Rakvere_kinnistusamet, lk 28
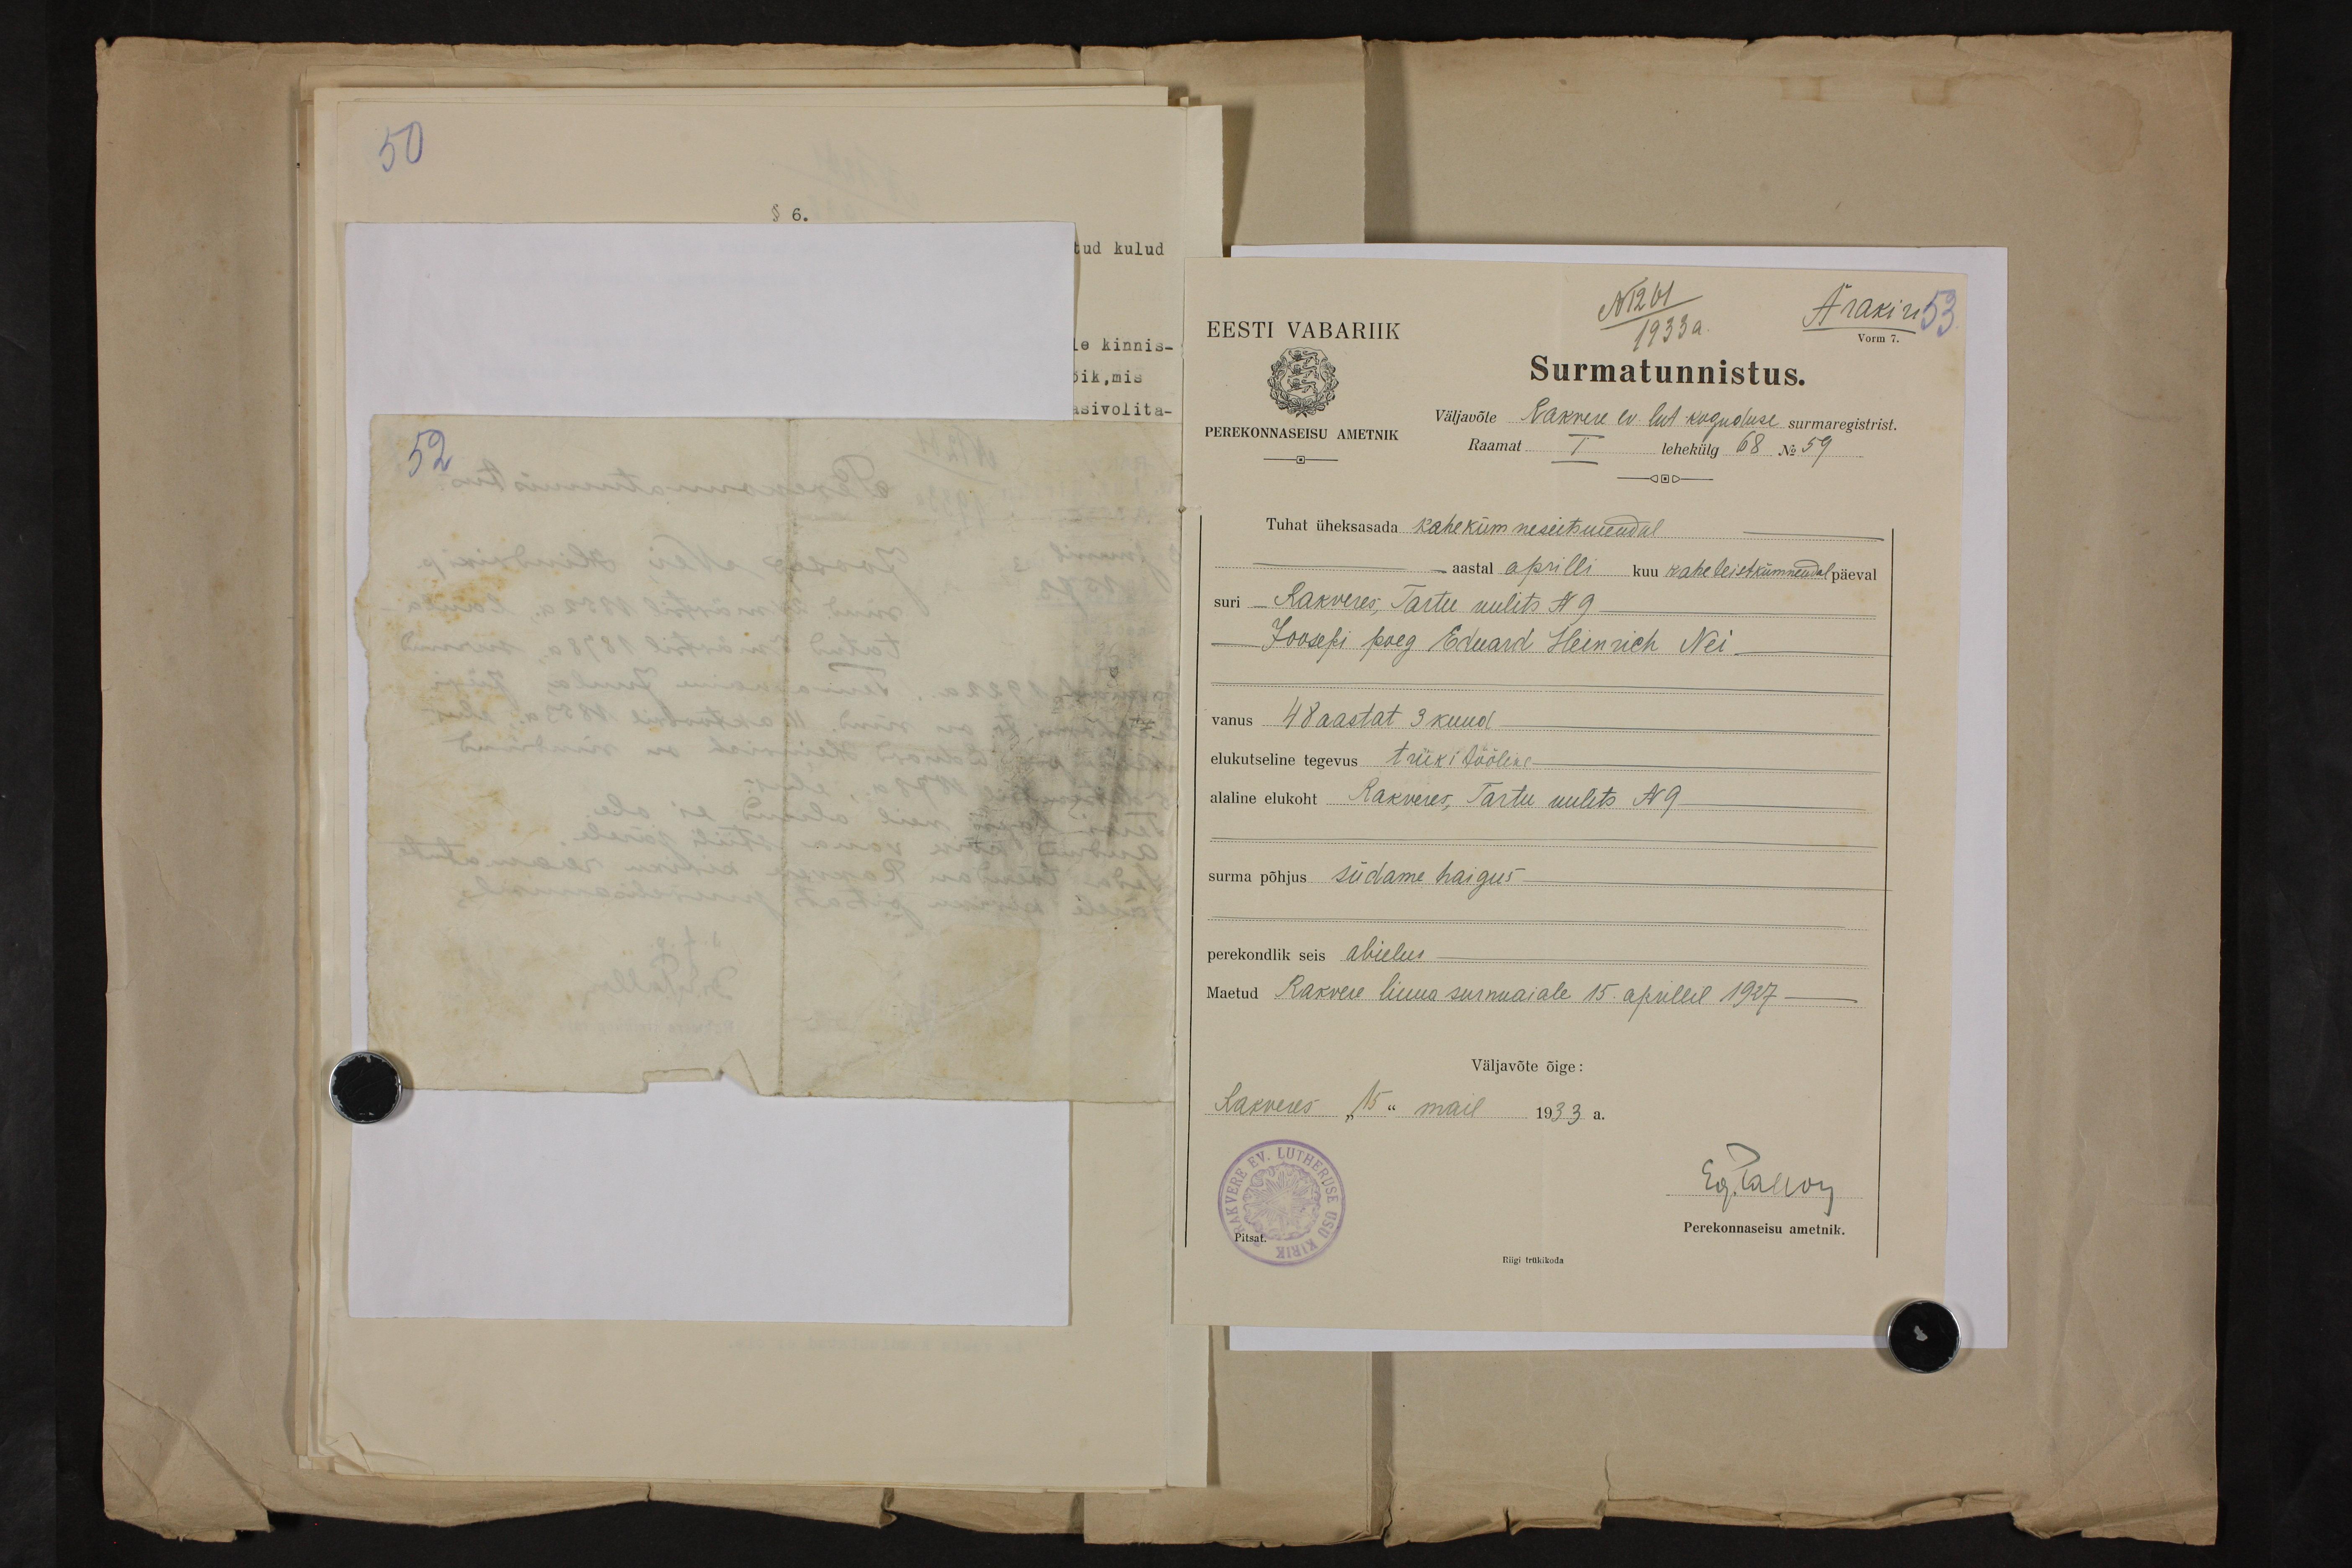
N1261
Ärakiri
EESTI VABARIIK
1933 a.
Vorm 7.
Surmatunnistus.
väljavõte Rakwere ev. lut. koguduse surmaregistrist.
PEREKONNASEISU AMETNIK
Raamat
I
lehekülg 68 No 59
Tuhat üheksasada kahekümneseitmendal
aastal aprilli kuu kaheteistkümnendal päeval
suri Rakveres; Tartu uulits N 9
Joosepi poeg Eduard Heinrich Nei
vanus 48 aastat 3 kuud
elukutseline tegevus trüki tööline
alaline elukoht Rakveres, Tartu uulits N 9
surma põhjus südame haigus
perekondlik seis abielus
Maetud Rakvere linna surnuaiale 15. aprillil 1927
Väljavõte õige:
Rakveres "15" mail 1933 a.
Eglaew
Pitsat.
Perekonnaseisu ametnik.
Riigi trükikoda